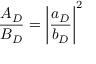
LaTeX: \frac { A _ { D } } { B _ { D } } = \left| \frac { a _ { D } } { b _ { D } } \right| ^ { 2 }